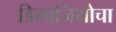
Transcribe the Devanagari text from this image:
डिमाजियोचा